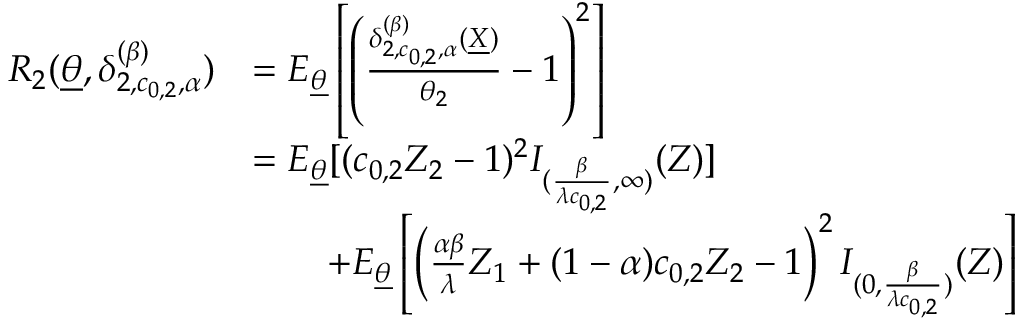
\begin{array} { r l } { R _ { 2 } ( \underline { { \theta } } , \delta _ { 2 , c _ { 0 , 2 } , \alpha } ^ { ( \beta ) } ) } & { = E _ { \underline { { \theta } } } \left[ \left( \frac { \delta _ { 2 , c _ { 0 , 2 } , \alpha } ^ { ( \beta ) } ( \underline { { X } } ) } { \theta _ { 2 } } - 1 \right) ^ { 2 } \right] } \\ & { = E _ { \underline { { \theta } } } [ ( c _ { 0 , 2 } Z _ { 2 } - 1 ) ^ { 2 } I _ { ( \frac { \beta } { \lambda c _ { 0 , 2 } } , \infty ) } ( Z ) ] } \\ & { \qquad + E _ { \underline { { \theta } } } \left[ \left( \frac { \alpha \beta } { \lambda } Z _ { 1 } + ( 1 - \alpha ) c _ { 0 , 2 } Z _ { 2 } - 1 \right) ^ { 2 } I _ { ( 0 , \frac { \beta } { \lambda c _ { 0 , 2 } } ) } ( Z ) \right] } \end{array}